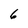
Character: 6